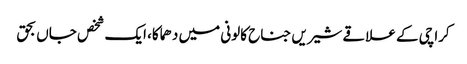
کراچی کے علاقے شیریں جناح کالونی میں دھماکا، ایک شخص جاں بحق